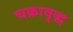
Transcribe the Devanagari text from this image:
चक्रावृद्ध